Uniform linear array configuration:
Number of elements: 48
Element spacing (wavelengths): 0.25
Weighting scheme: binomial
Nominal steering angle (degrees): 30
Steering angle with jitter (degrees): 28.559
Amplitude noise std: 0.05
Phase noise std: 0.05

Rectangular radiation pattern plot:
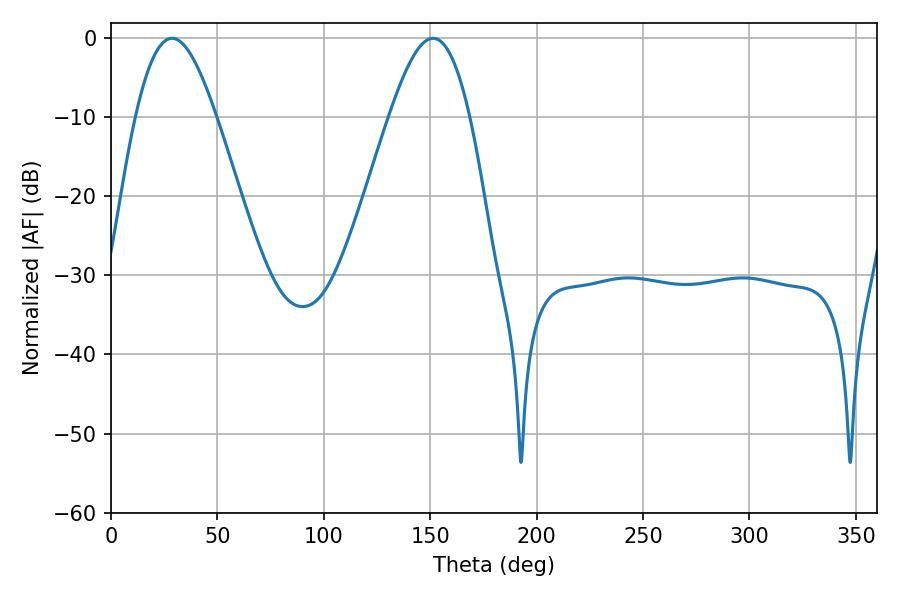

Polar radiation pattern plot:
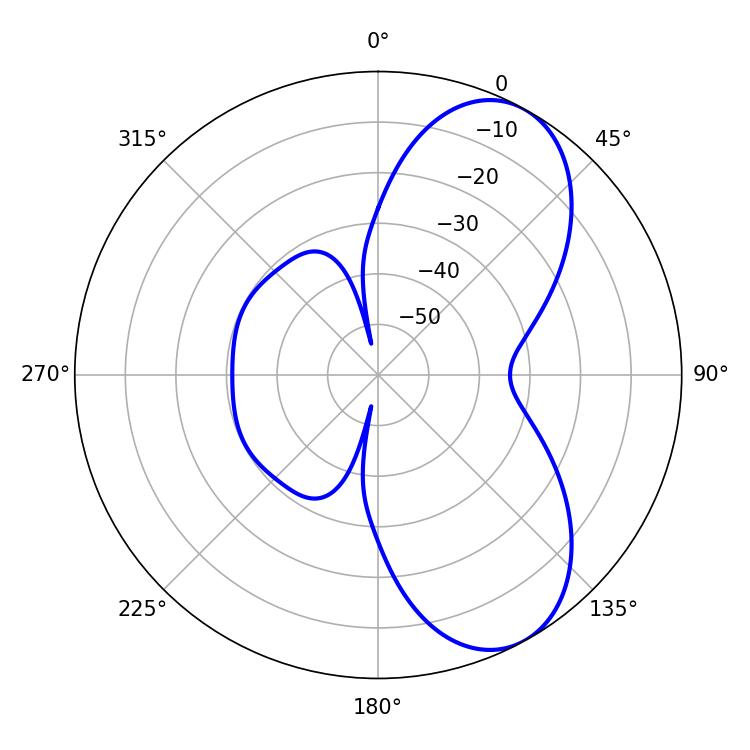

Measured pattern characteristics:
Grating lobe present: FALSE
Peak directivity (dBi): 7.206
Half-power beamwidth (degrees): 20.34
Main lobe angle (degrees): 28.62